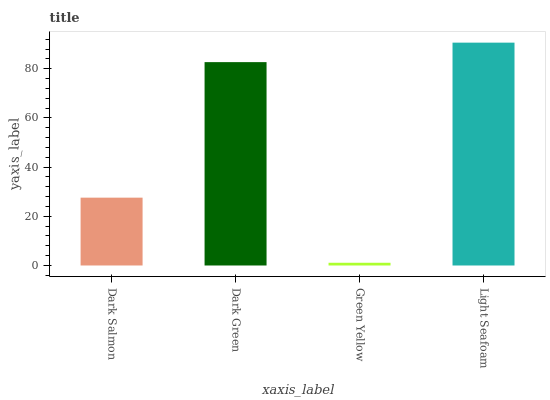
| xaxis_label | bars |
 | --- | --- |
 | Dark Salmon | 27.6 |
 | Dark Green | 82.7 |
 | Green Yellow | 1.11 |
 | Light Seafoam | 90.6 |